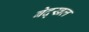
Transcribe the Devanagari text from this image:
बेद्खल